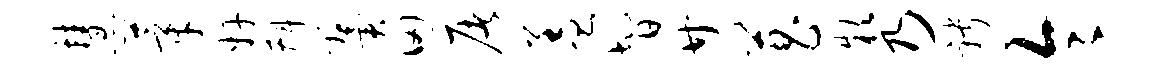
慧莘奸斟翼田屠盖智廿菖款乃聘令